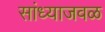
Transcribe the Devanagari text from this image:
सांध्याजवळ